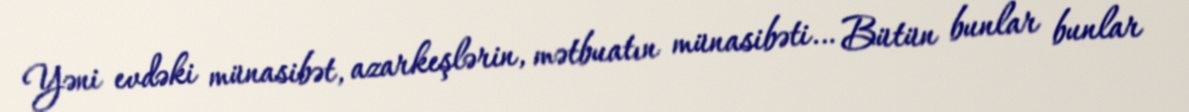
Yəni evdəki münasibət, azarkeşlərin, mətbuatın münasibəti… Bütün bunlar bunlar